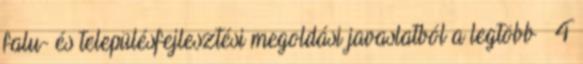
falu- és településfejlesztési megoldási javaslatból a legtöbb – 4